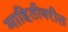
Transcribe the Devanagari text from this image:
माहितीवरील